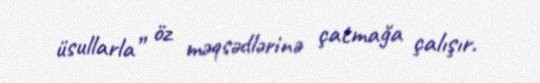
üsullarla” öz məqsədlərinə çatmağa çalışır.